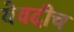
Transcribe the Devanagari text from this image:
येवदीच